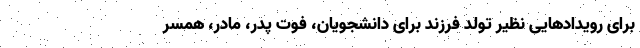
برای رویدادهایی نظیر تولد فرزند برای دانشجویان، فوت پدر، مادر، همسر